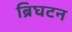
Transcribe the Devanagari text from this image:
ब्रिघटन